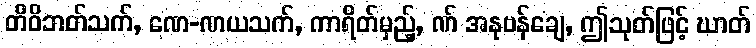
တိဝိဘတ်သက်, ဏေ-ဏယသက်, ကာရိတ်မှည့်, ဏ် အနုဗန်ချေ, ဤသုတ်ဖြင့် ဃာတ်